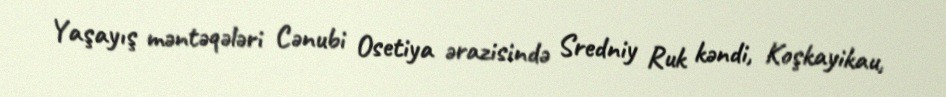
Yaşayış məntəqələri Cənubi Osetiya ərazisində Sredniy Ruk kəndi, Koşkayikau,